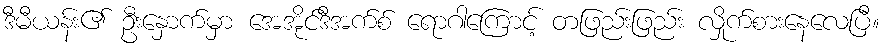
ဒီမီယန်း၏ ဦးနှောက်မှာ အေအိုင်ဒီအက်စ် ရောဂါကြောင့် တဖြည်းဖြည်း လှိုက်စားနေလေပြီ။